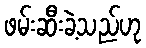
ဖမ်းဆီးခဲ့သည်ဟု